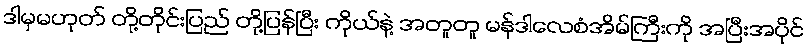
ဒါမှမဟုတ် တို့တိုင်းပြည် တို့ပြန်ပြီး ကိုယ်နဲ့ အတူတူ မန်ဒါလေစံအိမ်ကြီးကို အပြီးအပိုင်